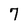
Character: 7